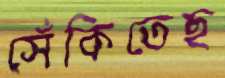
সেঁকিতেছ